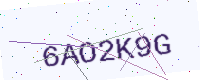
Text: 6AO2K9G